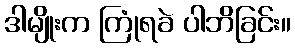
ဒါမျိုးက ကြုံရခဲ ပါဘိခြင်း။